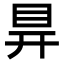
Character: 𥅳